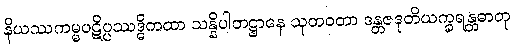
နိယဿကမ္မပဋိပ္ပဿဒ္ဓိကထာ သန္နိပါတဋ္ဌာနေ သုတဝတာ ဒန္တဇဒုတိယက္ခရန္တဓာတု